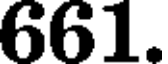
661.